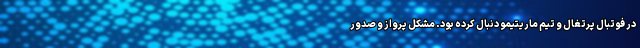
در فوتبال پرتغال و تیم ماریتیمو دنبال کرده بود. مشکل پرواز و صدور